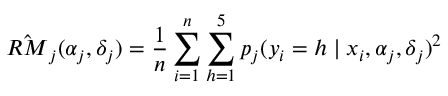
\hat { R M } _ { j } ( \alpha _ { j } , \delta _ { j } ) = \frac { 1 } { n } \sum _ { i = 1 } ^ { n } \sum _ { h = 1 } ^ { 5 } p _ { j } ( y _ { i } = h \mid x _ { i } , \alpha _ { j } , \delta _ { j } ) ^ { 2 }